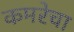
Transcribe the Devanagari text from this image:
कमरेचा